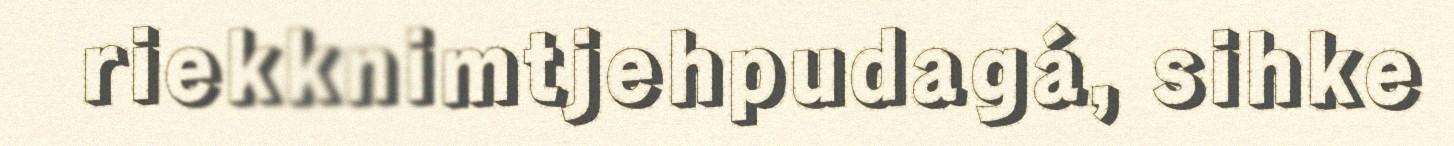
riekknimtjehpudagá, sihke